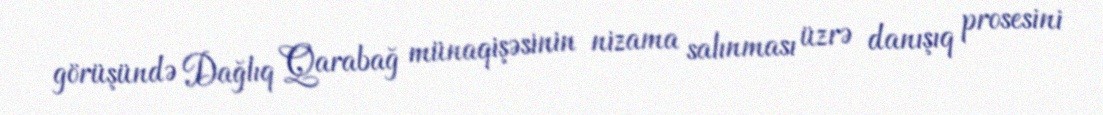
görüşündə Dağlıq Qarabağ münaqişəsinin nizama salınması üzrə danışıq prosesini